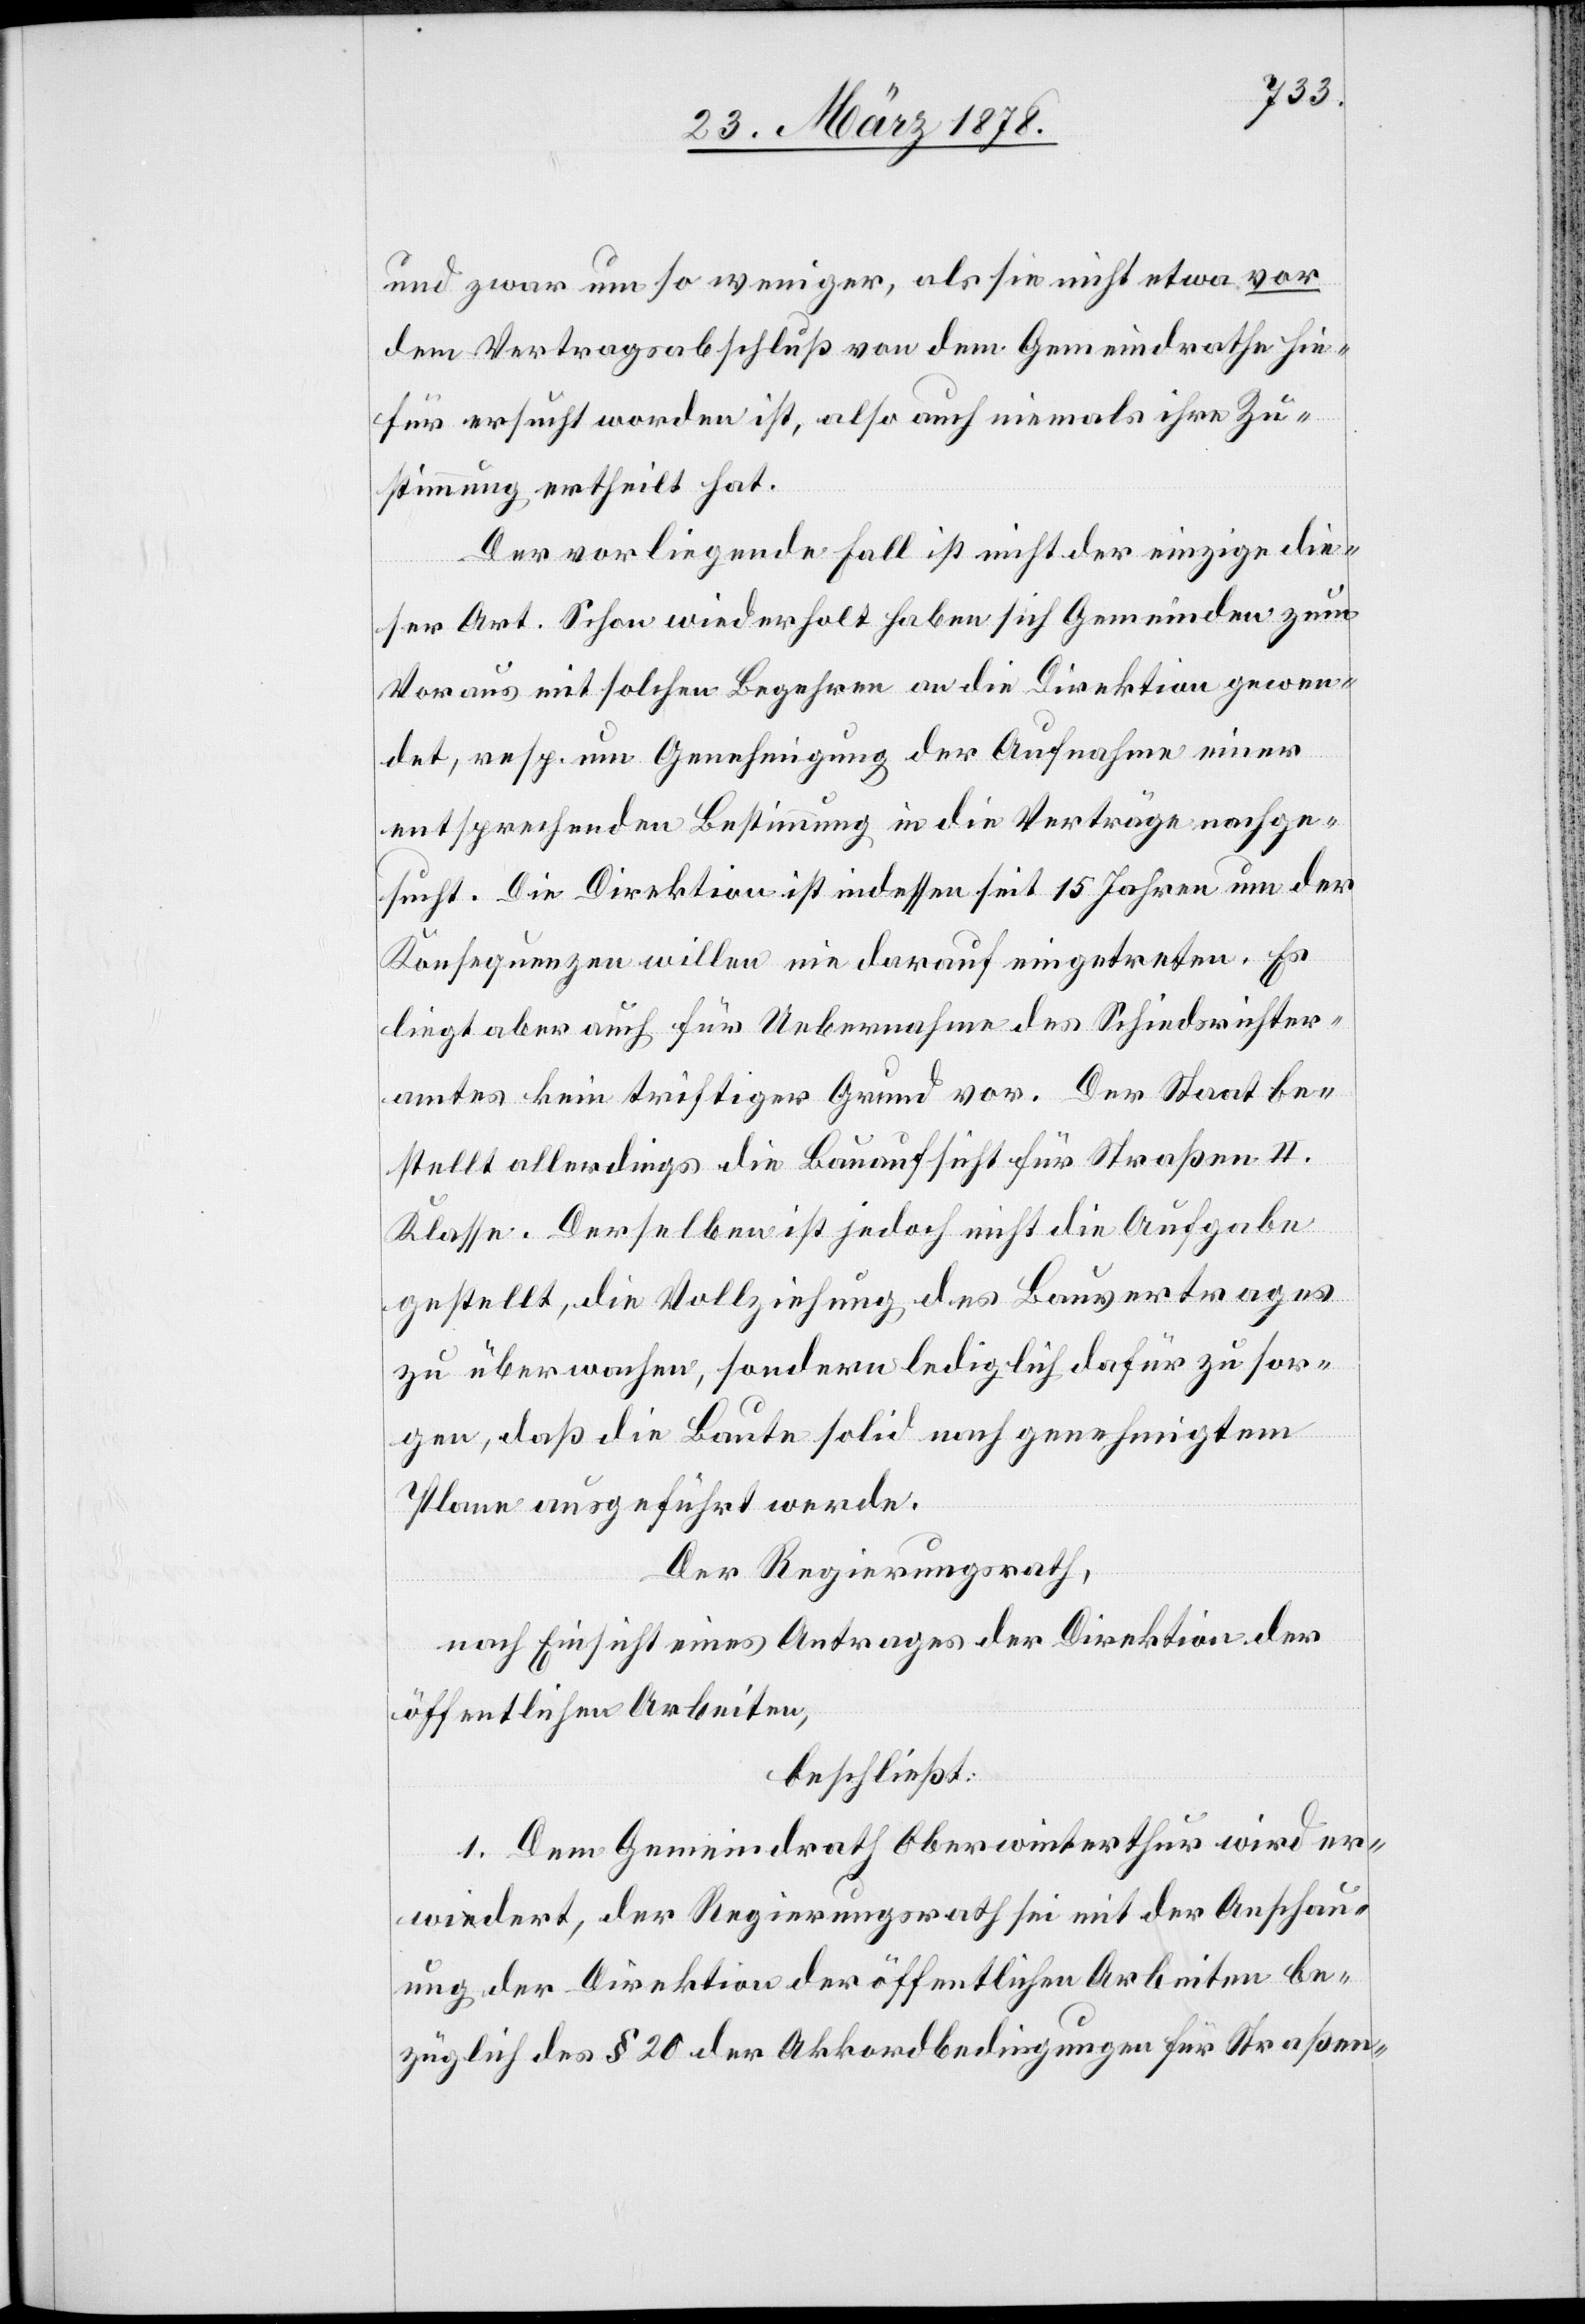
und zwar um so weniger, als sie nicht etwa vor
dem Vertragsabschluß von dem Gemeindrathe hie¬
für ersucht worden ist, also auch niemals ihre Zu¬
stimmung ertheilt hat.
Der vorliegende Fall ist nicht der einzige die¬
ser Art. Schon wiederholt haben sich Gemeinden zum
Voraus mit solchen Begehren an die Direktion gewen¬
det, resp. um Genehmigung der Aufnahme einer
entsprechenden Bestimmung in die Verträge nachge¬
sucht. Die Direktion ist indessen seit 15 Jahren um der
Konsequenzen willen nie darauf eingetreten. Es
liegt aber auch für Uebernahme des Schiedsrichter¬
amtes kein triftiger Grund vor. Der Staat be¬
stellt allerdings die Bauaufsicht für Straßen 4.
Klasse. Derselben ist jedoch nicht die Aufgabe
gestellt, die Vollziehung des Bauvertrages
zu übermachen, sondern lediglich dafür zu sor¬
gen, daß die Baute solid nach genehmigtem
Plane ausgeführt werde.
Der Regierungsrath,
nach Einsicht eines Antrages der Direktion der
öffentlichen Arbeiten,
beschließt:
1. Dem Gemeindrath Oberwinterthur wird er¬
widert, der Regierungsrath sei mit der Anschau¬
ung der Direktion der öffentlichen Arbeiten be¬
züglich des § 20 der Akkordbedingungen für Straßen-